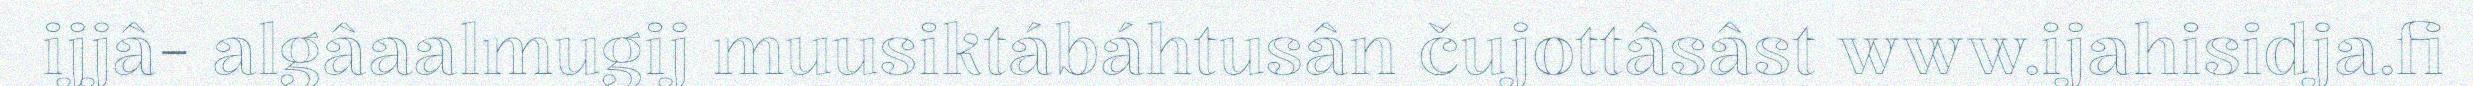
ijjâ- algâaalmugij muusiktábáhtusân čujottâsâst www.ijahisidja.fi